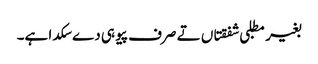
بغیر مطلبی شفقتاں تے صرف پیو ہی دے سکدا ہے۔